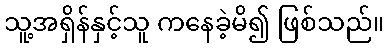
သူ့အရှိန်နှင့်သူ ကနေခဲ့မိ၍ ဖြစ်သည်။